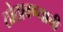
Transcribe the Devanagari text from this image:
ठोठावण्याची